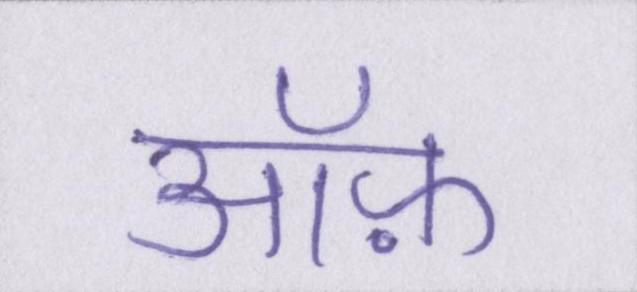
ऑफ़